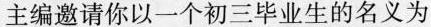
主编邀请你以一个初三毕业生的名义为